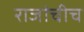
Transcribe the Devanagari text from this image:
राजांचीच